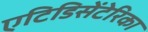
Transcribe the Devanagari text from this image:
एटिडिसेंटेरिका